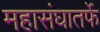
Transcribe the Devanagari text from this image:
महासंघातर्फे